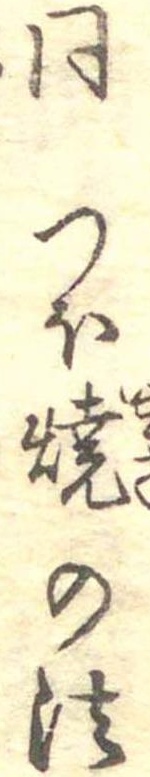
同つほ焼の法